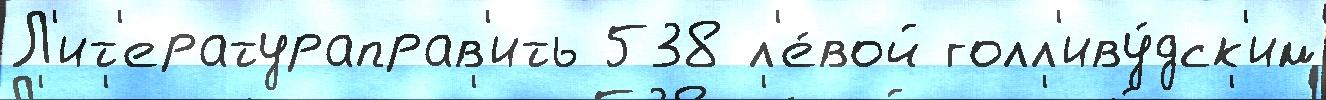
Л'ит'ератураправ'ить 538 л'е́вой голл'иву́дск'им